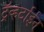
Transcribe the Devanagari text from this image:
ट्रॅव्हर्टाईन